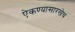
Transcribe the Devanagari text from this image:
ऐकण्यासारखेच